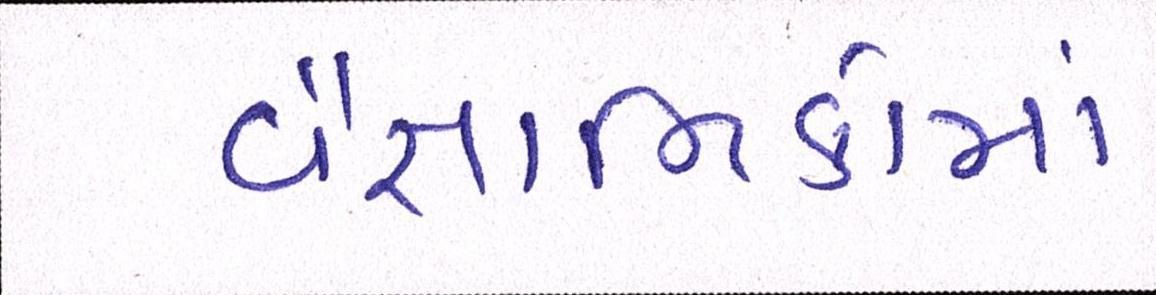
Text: વૈજ્ઞાાનિકોમાં